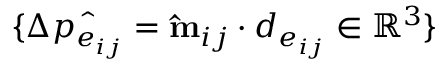
\{ \Delta \hat { p _ { e _ { i j } } } = \mathbf { \hat { m } } _ { i j } \cdot d _ { e _ { i j } } \in \mathbb { R } ^ { 3 } \}